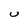
Character: U